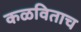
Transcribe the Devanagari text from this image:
कळविताच